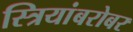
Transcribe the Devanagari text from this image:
स्त्रियांबरोबर